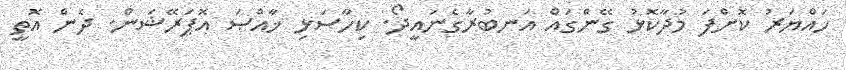
ހައްޔަރު ކޮށްފަ މުދާކޮޅު ގޭންގައް އަނބުރާގެނައީދޯ. ކިހާސަޅި ޚާއްޞަ އޮޕަރޭޝަން. ދެން އޮތީ